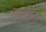
ભમરાના